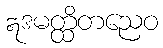
ဣဒမတ္ထိတညေဝ